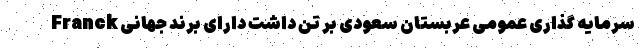
سرمایه گذاری عمومی عربستان سعودی بر تن داشت دارای برند جهانی Franck